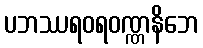
ပဘဿရဝရဝဏ္ဏနိဘေ